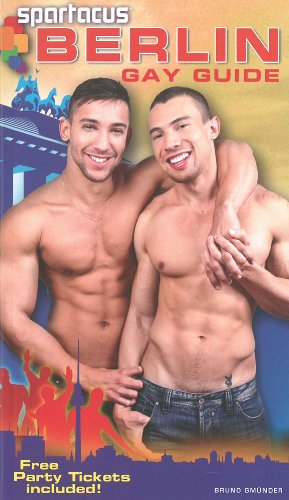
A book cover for Spartacus 2014 Berlin Gay Guide; Briand Bedford; Gay & Lesbian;